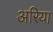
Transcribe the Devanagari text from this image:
अरिया